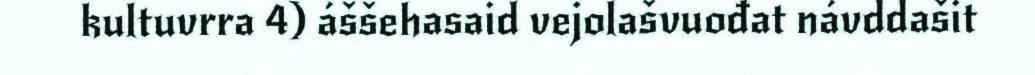
kultuvrra 4) áššehasaid vejolašvuođat návddašit